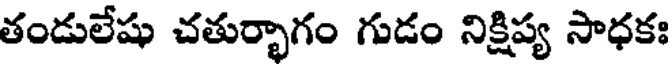
తండులేషు చతుర్భాగం గుడం నిక్షిప్య సాధకః